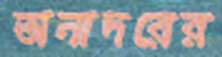
অনাদরের